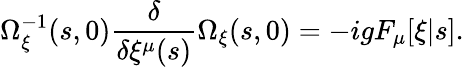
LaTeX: \Omega_{\xi}^{-1}(s,0)\frac{\delta}{\delta\xi^{\mu}(s)}\Omega_{\xi}(s,0)=-igF_{\mu}[\xi|s].